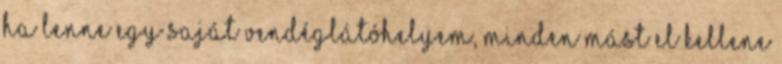
Ha lenne egy saját vendéglátóhelyem, minden mást el kellene